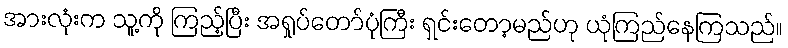
အားလုံးက သူ့ကို ကြည့်ပြီး အရှုပ်တော်ပုံကြီး ရှင်းတော့မည်ဟု ယုံကြည်နေကြသည်။